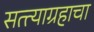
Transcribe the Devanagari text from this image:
सत्त्याग्रहाचा